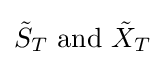
{\tilde {S}}_{T}{\text{ and }}{\tilde {X}}_{T}